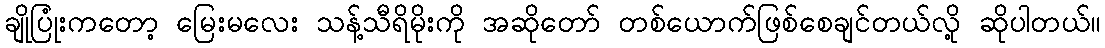
ချိုပြုံးကတော့ မြေးမလေး သန့်သီရိမိုးကို အဆိုတော် တစ်ယောက်ဖြစ်စေချင်တယ်လို့ ဆိုပါတယ်။